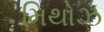
મિથોઝ